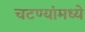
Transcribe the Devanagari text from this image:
चटण्यांमध्ये